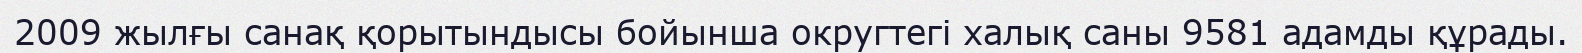
2009 жылғы санақ қорытындысы бойынша округтегі халық саны 9581 адамды құрады.